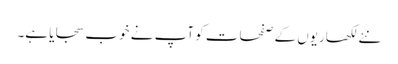
نئے لکھاریوں کے صفحات کو آپ نے خوب سجایا ہے۔